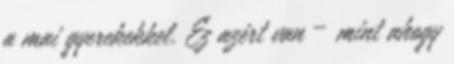
a mai gyerekekkel. Ez azért van – mint ahogy